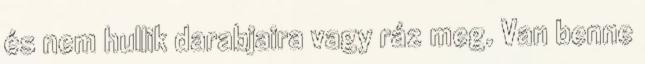
és nem hullik darabjaira vagy ráz meg. Van benne